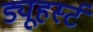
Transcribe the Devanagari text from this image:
ड्यूहर्स्ट